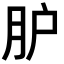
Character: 𦙅